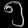
Digit: ၅